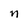
Character: n